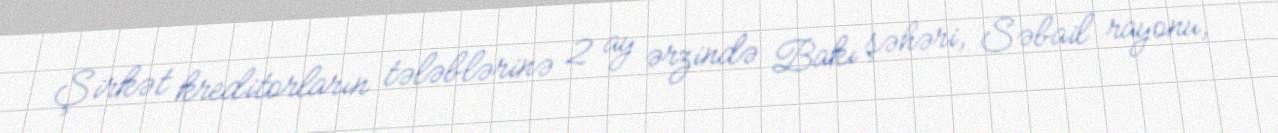
Şirkət kreditorların tələblərinə 2 ay ərzində Bakı şəhəri, Səbail rayonu,